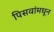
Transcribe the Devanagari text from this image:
पिसवांमधून